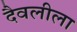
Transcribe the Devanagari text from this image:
दैवलीला